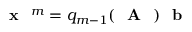
\textrm { \textbf { x } } ^ { m } = q _ { m - 1 } ( \textrm { \textbf { A } } ) \textrm { \textbf { b } }